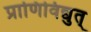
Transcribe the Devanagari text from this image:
प्राणिविद्युत्